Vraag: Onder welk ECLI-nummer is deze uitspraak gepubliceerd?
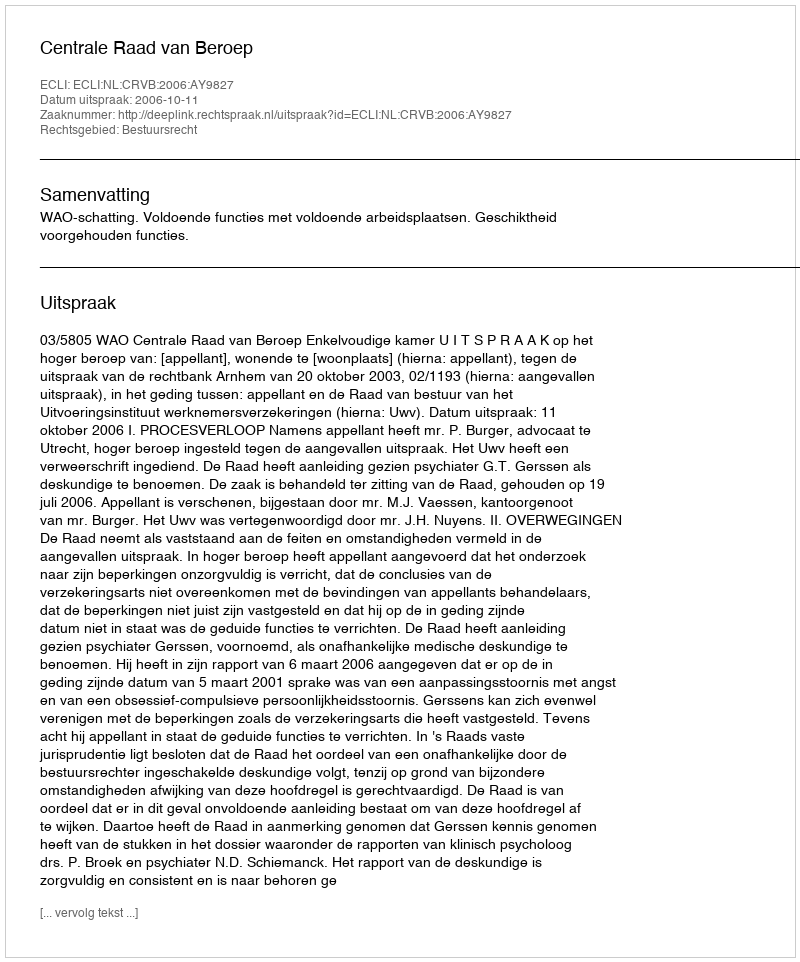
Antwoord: ECLI:NL:CRVB:2006:AY9827